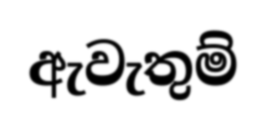
ඇවැතුම්